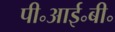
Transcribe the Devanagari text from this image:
पी॰आई॰बी॰